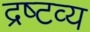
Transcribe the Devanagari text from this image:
द्रष्‍टव्य